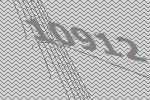
10912